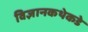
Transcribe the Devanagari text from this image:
विज्ञानकथेकडे